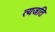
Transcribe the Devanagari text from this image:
त्यजति